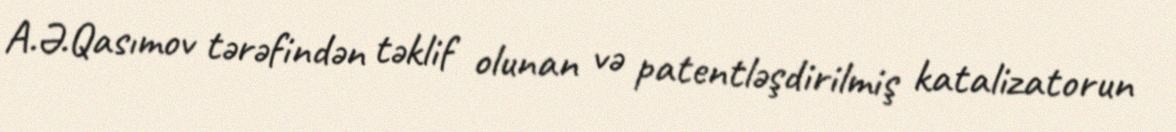
A.Ə.Qasımov tərəfindən təklif olunan və patentləşdirilmiş katalizatorun